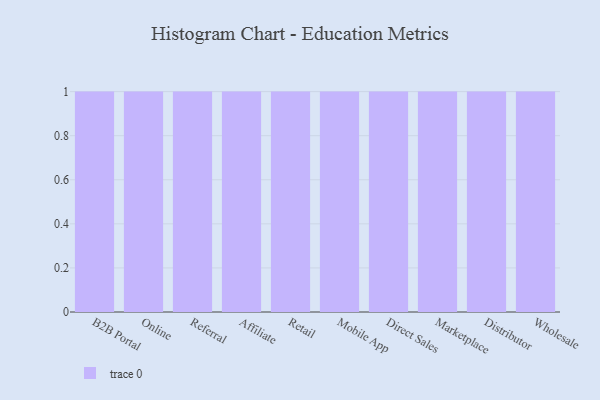
{"axis": {"x": "Channel", "y": "Humidity (%)"}, "legend": [""], "data": [{"x": "B2B Portal", "y": 4, "type": ""}, {"x": "Online", "y": 99, "type": ""}, {"x": "Referral", "y": 32, "type": ""}, {"x": "Affiliate", "y": 2, "type": ""}, {"x": "Retail", "y": 15, "type": ""}, {"x": "Mobile App", "y": 49, "type": ""}, {"x": "Direct Sales", "y": 16, "type": ""}, {"x": "Marketplace", "y": 83, "type": ""}, {"x": "Distributor", "y": 61, "type": ""}, {"x": "Wholesale", "y": 72, "type": ""}]}